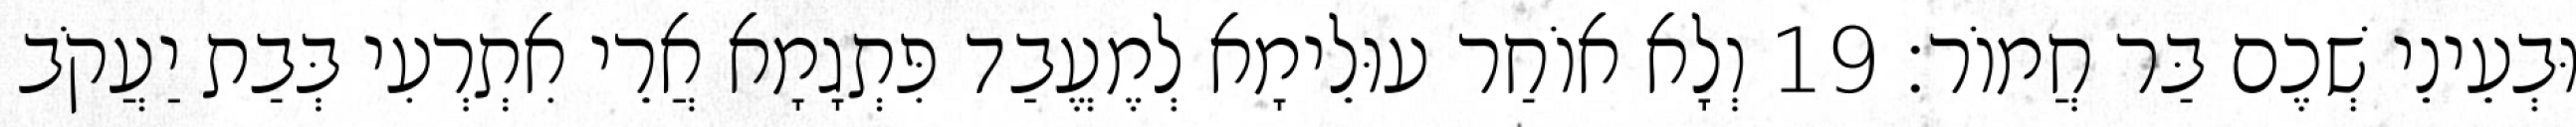
וּבְעֵינֵי שְׁכֶם בַּר חֲמוֹר׃ 19 וְלָא אוֹחַר עוּלֵימָא לְמֶעֱבַד פִּתְגָמָא אֲרֵי אִתְרְעִי בְּבַת יַעֲקֹב